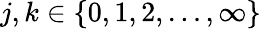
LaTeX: j,k\in\{ 0,1,2,\ldots,\infty\}